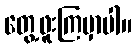
တွေ့ဖူးကြမှာပါ။